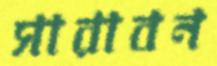
সারাবন